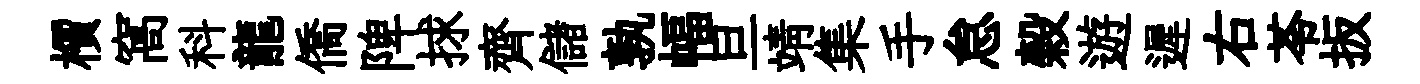
檟窩科龍僑陴捄齊儲孰幅旦靖集手怠榖遊遲右苓扳